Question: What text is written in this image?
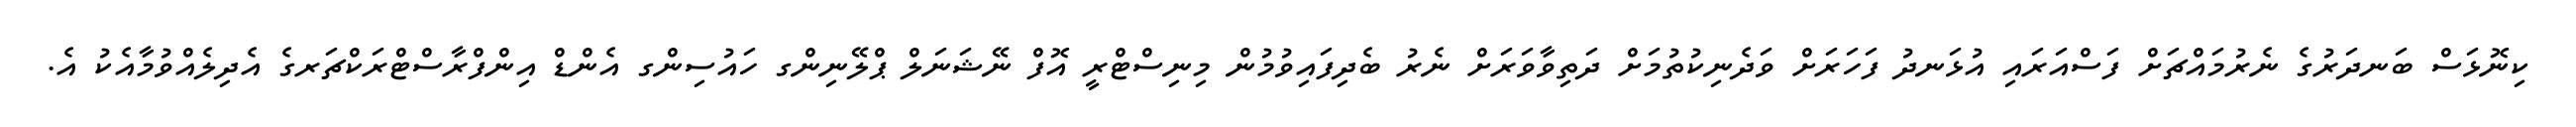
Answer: ކިނޮޅަސް ބަނދަރުގެ ނެރުމައްޗަށް ފަސްއަރައި އުޅަނދު ފަހަރަށް ވަދެނިކުތުމަށް ދަތިވާވަރަށް ނެރު ބެދިފައިވުމުން މިނިސްޓްރީ އޮފް ނޭޝަނަލް ޕްލޭނިންގ ހައުސިންގ އެންޑް އިންފްރާސްޓްރަކްޗަރގެ އެދިލެއްވުމާއެކު އެ.